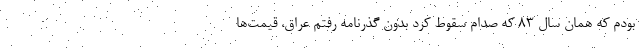
بودم که همان سال ۸۳ که صدام سقوط کرد بدون گذرنامه رفتم عراق، قیمت‌ها